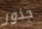
جذور